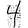
Digit: 4